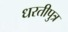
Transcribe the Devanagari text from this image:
धरतीपुत्र